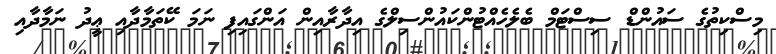
މިސްކިތުގެ ސައުންޑް ސިސްޓަމް ބެލެހެއްޓުންކައުންސިލްގެ އިދާރާއިން އަންގައިފި ނަމަ ކޭތަމާދާއި ޢީދު ނަމާދާއި